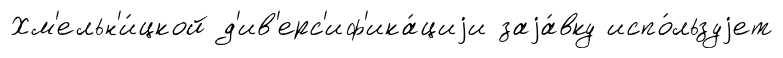
Хм'ельн'и́цкой д'ив'ерс'иф'ика́циjи заjа́вку испо́льзуjет